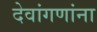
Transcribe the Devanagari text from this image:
देवांगणांना